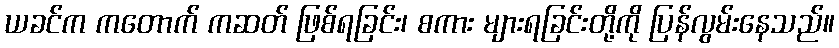
ယခင်က ကတောက် ကဆတ် ဖြစ်ရခြင်း၊ စကား များရခြင်းတို့ကို ပြန်လွမ်းနေသည်။